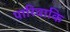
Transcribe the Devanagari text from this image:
पारिवाकि